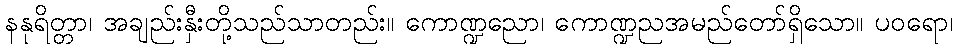
နနုရိတ္တာ၊ အချည်းနှီးတို့သည်သာတည်း။ ကောဏ္ဍညော၊ ကောဏ္ဍညအမည်တော်ရှိသော။ ပဝရော၊